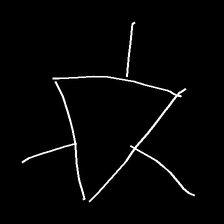
Glyph: fire